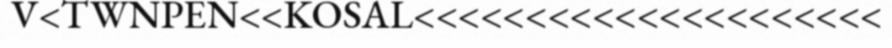
V<TWNPEN<<KOSAL<<<<<<<<<<<<<<<<<<<<<